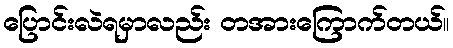
ပြောင်းလဲရမှာလည်း တအားကြောက်တယ်။